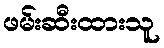
ဖမ်းဆီးထားသူ